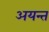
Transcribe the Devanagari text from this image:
अयन्त